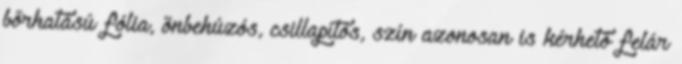
bőrhatású fólia, önbehúzós, csillapítós, szín azonosan is kérhető felár